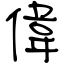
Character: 偉